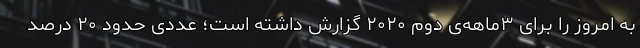
به امروز را برای ۳ماهه‌ی دوم ۲۰۲۰ گزارش داشته است؛ عددی حدود ۲۰ درصد